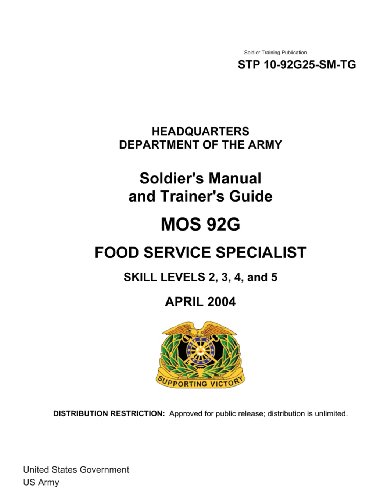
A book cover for Soldier Training Publication STP 10-92G25-SM-TG Soldier's Manual and Trainer's Guide MOS 92G  Food Service Specialist Skill Levels 2, 3, 4, and 5  April 2004; United States Government US Army; Cookbooks, Food & Wine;